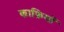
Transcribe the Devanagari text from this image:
काफ़ियों